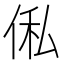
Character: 俬